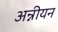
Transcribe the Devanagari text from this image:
अन्नीयन